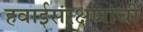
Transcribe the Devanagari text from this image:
हवाईसंरक्षणाची